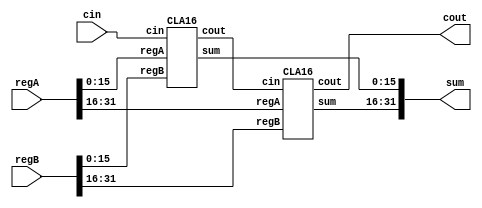
//add_op.v, 32-bit ADDITION operation module 

`timescale 1ns/10ps

module add_op (input [31:0] regA, input [31:0] regB, input wire cin, 
	output wire [31:0] sum, output wire cout); 

wire cout1; 

CLA16 CLA1 (.regA(regA[15:0]), .regB(regB[15:0]), .cin(cin), .sum(sum[15:0]), .cout(cout1)); //bottom 16-bits
CLA16 CLA2 (.regA(regA[31:16]), .regB(regB[31:16]), .cin(cout1), .sum(sum[31:16]), .cout(cout)); //top 16-bits

endmodule


//implementing a 4-bit carry lookahead adder, CLA4
module CLA4 (input [3:0] regA, input [3:0] regB, input wire cin, output wire [3:0] sum, output wire cout);

	wire [3:0] prop, gen, carry; 

	assign prop = regA ^ regB;
	assign gen = regA & regB;
	assign carry[0] = cin;
	assign carry[1] = gen[0] | (prop[0] & carry[0]);
	assign carry[2]= gen[1] | (prop[1] & gen[0]) | (prop[1] & prop[0] & carry[0]);
	assign carry[3]= gen[2] | (prop[2] & gen[1]) | (prop[2] & prop[1] & gen[0]) | (prop[2] & prop[1] & prop[0] & carry[0]);
	assign cout = gen[3] | (prop[3]&gen[2]) | (prop[3]&prop[2]&gen[1]) | (prop[3]&prop[2]&prop[1]&gen[0]) | (prop[3]&prop[2]&prop[1]&prop[0]&carry[0]);
	assign sum[3:0] = prop ^ carry;

endmodule
	

//implementing 16-bit carry lookahead adder, CLA16
module CLA16 (input [15:0] regA, input [15:0] regB, input wire cin, output wire [15:0] sum, output wire cout);
wire cout1, cout2, cout3;
//composed of four 4-bit carry lookahead adders implemented above 
CLA4 CLA1 (.regA(regA[3:0]), .regB(regB[3:0]), .cin(cin), .sum(sum[3:0]), .cout(cout1)); 
CLA4 CLA2 (.regA(regA[7:4]), .regB(regB[7:4]), .cin(cin), .sum(sum[7:4]), .cout(cout2));
CLA4 CLA3 (.regA(regA[11:8]), .regB(regB[11:8]), .cin(cin), .sum(sum[11:8]), .cout(cout3));
CLA4 CLA4 (.regA(regA[15:12]), .regB(regB[15:12]), .cin(cin), .sum(sum[15:12]), .cout(cout4));

endmodule